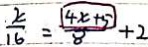
\frac { . x } { 1 6 } = \frac { \boxed { 4 x + 5 } } { 8 } + 2